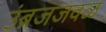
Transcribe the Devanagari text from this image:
उंब्रजजवळ